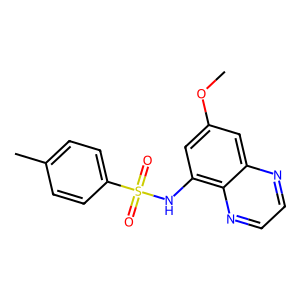
SMILES: COc1cc(NS(=O)(=O)c2ccc(C)cc2)c2nccnc2c1
Inhibits HIV replication: No